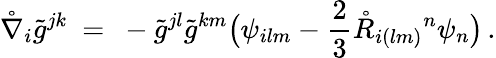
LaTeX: \mathring{\nabla}_{i}\tilde{g}^{jk}\ =\ -\tilde{g}^{jl}\tilde{g}^{km}\big(\psi_{ilm}-\frac 23\mathring{R}_{i(lm)}{}^{n}\psi_{n}\big)\, .